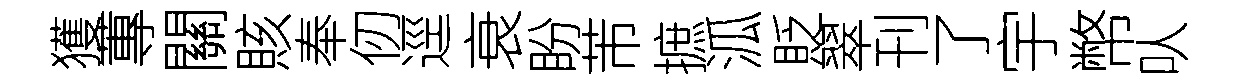
獲蓴關賅奉仞逕衰盼芾摭泒貶翠刊了宇幣㕥